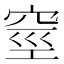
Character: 𥥻